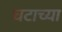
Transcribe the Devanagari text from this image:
घटाच्या